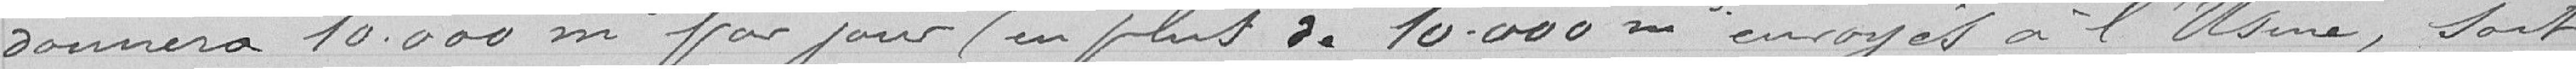
donnera 10.000 m3 /par jour ( en plus de 10.000 m3 envoyés à l'usine, soit